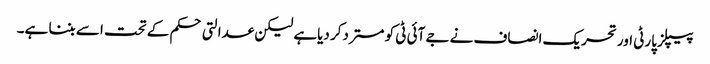
پیپلز پارٹی اور تحریک انصاف نے جے آئی ٹی کو مستردکر دیاہے لیکن عدالتی حکم کے تحت اسے بننا ہے۔